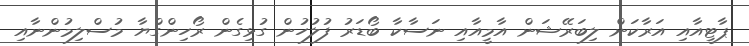
ޕާޓީއާއި އަރާކަން ލިބަރޭޝަން އާމީއާއި ނަސާކާ ބޯޑަރު ފުލުހުން ގުޅިގެން ރޯހިންގްޔާ މުސްލިމުންނާއި